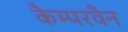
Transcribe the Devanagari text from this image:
कैम्परवैन